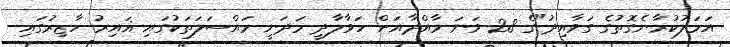
އަމަލުކުރާނެގޮތުގެ ގަވާއިދު"ގެ 28 ވަނަ މާއްދާއަށް ހަވާލާދީ މަދަނީ މައްސަލަތަކުގައި ޣައިރު ހާޒިރުގައި